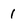
Character: 1